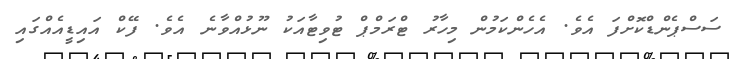
ސަސްޕެންޑްކޮށްފަ އެވެ. އެހެންކަމުން މިހާރު ޓްރަމްޕް ޓުވިޓާއަކު ނޫޅުއްވާނެ އެވެ. ފޭކް އައިޑީއެއްގައި